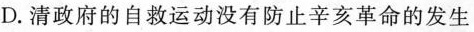
D.清政府的自救运动没有防止辛亥革命的发生